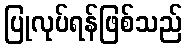
ပြုလုပ်ရန်ဖြစ်သည်